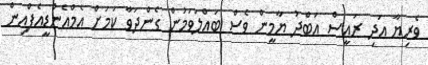
ވެރިޔާ އަދި ރައީސް އަބްދު ޔާމީން ވެސް ބައްލަވަމުން ގެންދަވާ ކަމަށް އެމްއެންޑީއެފްއިން